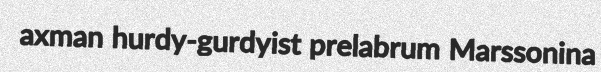
axman hurdy-gurdyist prelabrum Marssonina